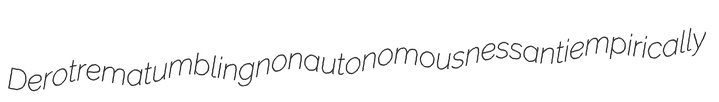
Derotrema tumbling nonautonomousness antiempirically